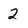
Character: 2